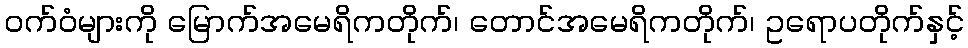
ဝက်ဝံများကို မြောက်အမေရိကတိုက်၊ တောင်အမေရိကတိုက်၊ ဥရောပတိုက်နှင့်